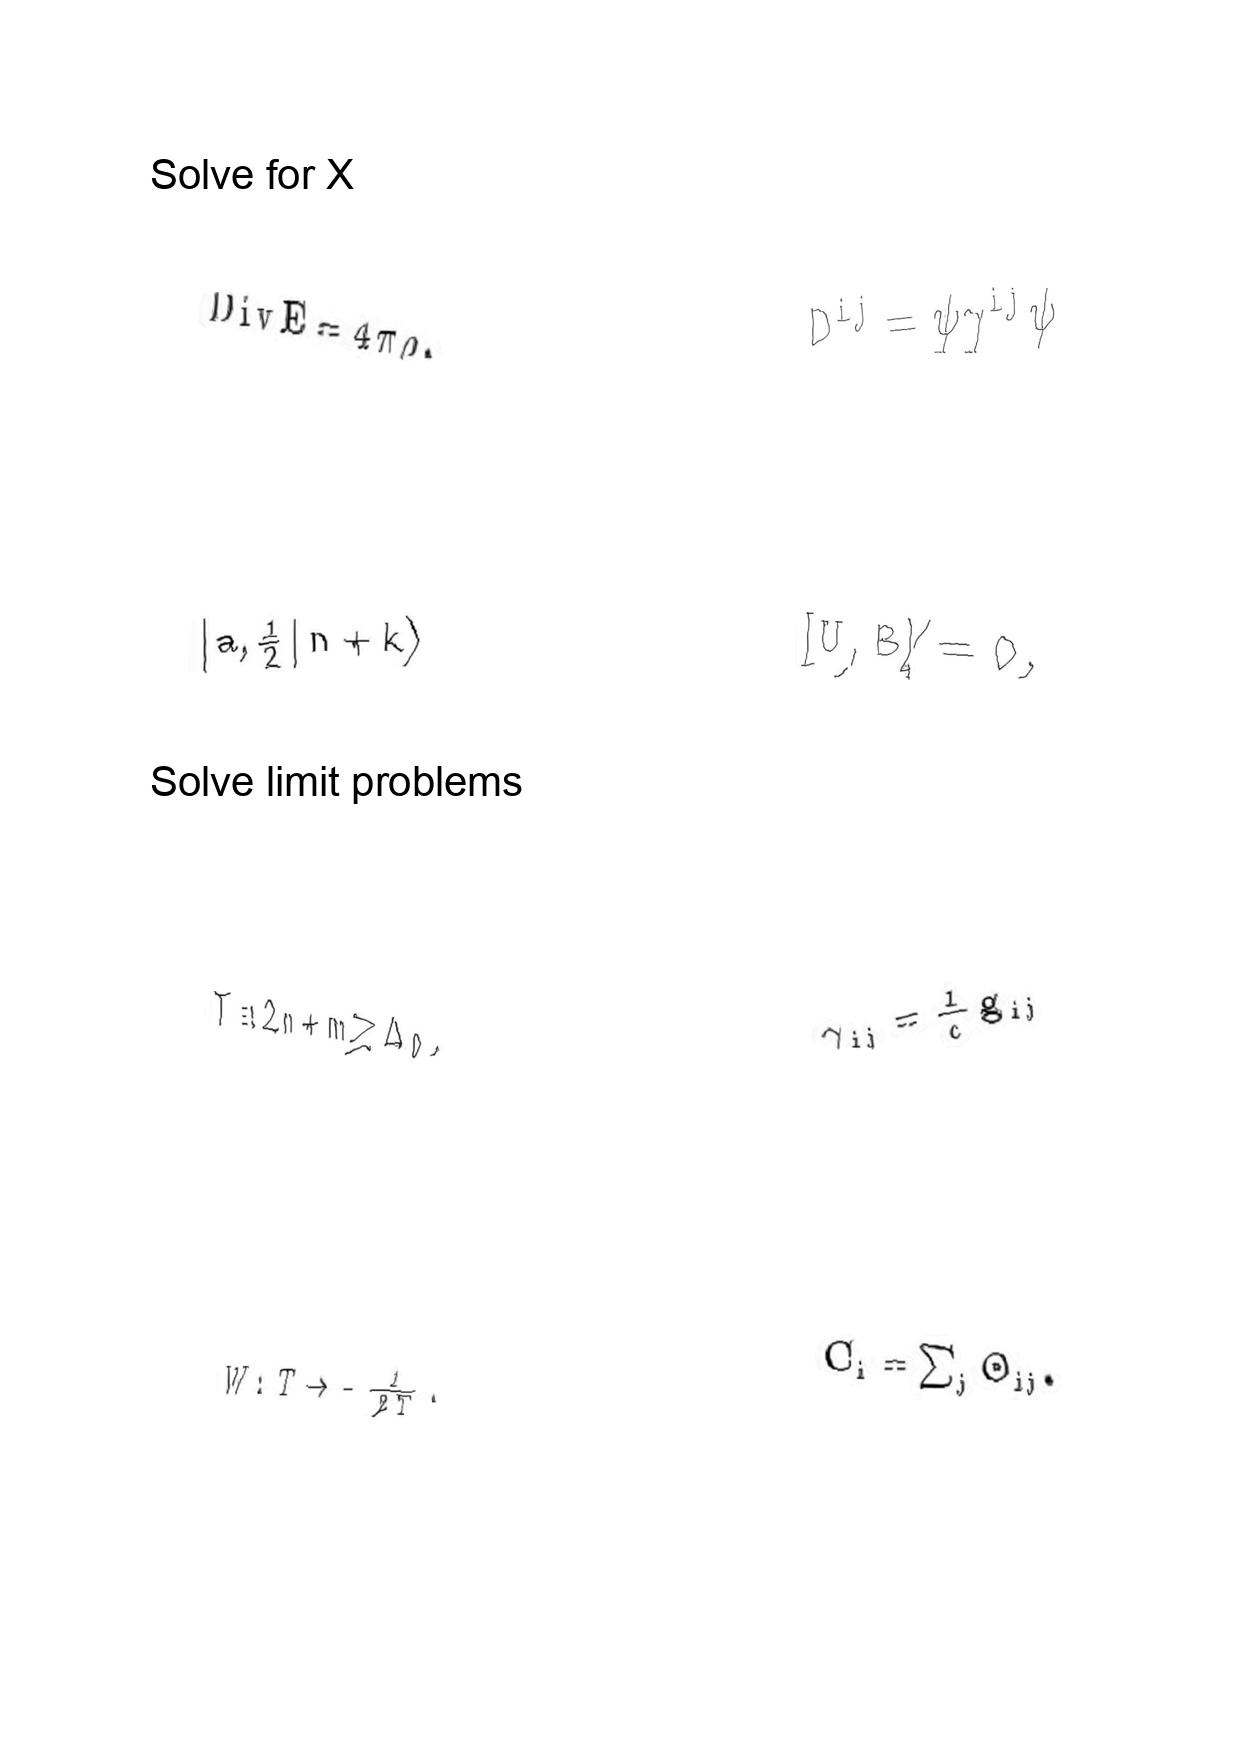
LaTeX transcription:
\mathrm { D i v } E = 4 \pi \rho .
\vert  a , \frac { 1 } { 2 } \vert n + k \rangle
T \equiv 2 n + m \geq \Delta _ { 0 } .
W : T \rightarrow - \frac { 1 } { 2 T } .
D ^ { i j } = \psi \gamma ^ { i j } \psi
\lbrack U , B \rbrack \neq 0 ,
\gamma _ { i j } = \frac { 1 } { c } g _ { i j }
C _ { i } = \sum _ { j } \Theta _ { i j } .